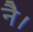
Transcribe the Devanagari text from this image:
नै।